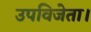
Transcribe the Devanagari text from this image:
उपविजेता।